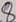
Text: 8